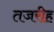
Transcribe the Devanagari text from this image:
तजरीह